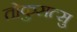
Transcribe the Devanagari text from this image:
तोकुसत्सु